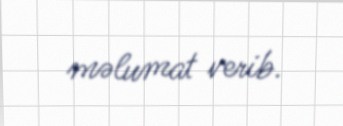
məlumat verib.